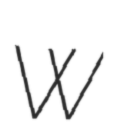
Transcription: W